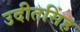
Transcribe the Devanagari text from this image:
उदीतसिंह